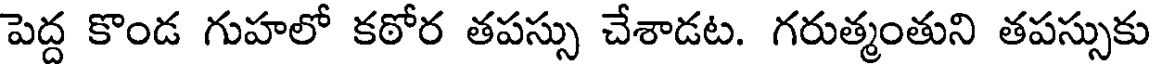
పెద్ద కొండ గుహలో కఠోర తపస్సు చేశాడట. గరుత్మంతుని తపస్సుకు